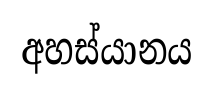
අහස්යානය